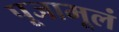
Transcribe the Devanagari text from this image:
पूजामूलं